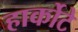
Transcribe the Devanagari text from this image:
हार्कोटे